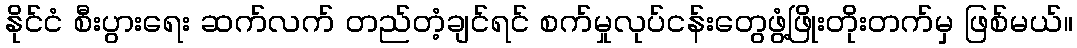
နိုင်ငံ စီးပွားရေး ဆက်လက် တည်တံ့ချင်ရင် စက်မှုလုပ်ငန်းတွေဖွံ့ဖြိုးတိုးတက်မှ ဖြစ်မယ်။